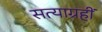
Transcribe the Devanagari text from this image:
सत्याग्रहीं